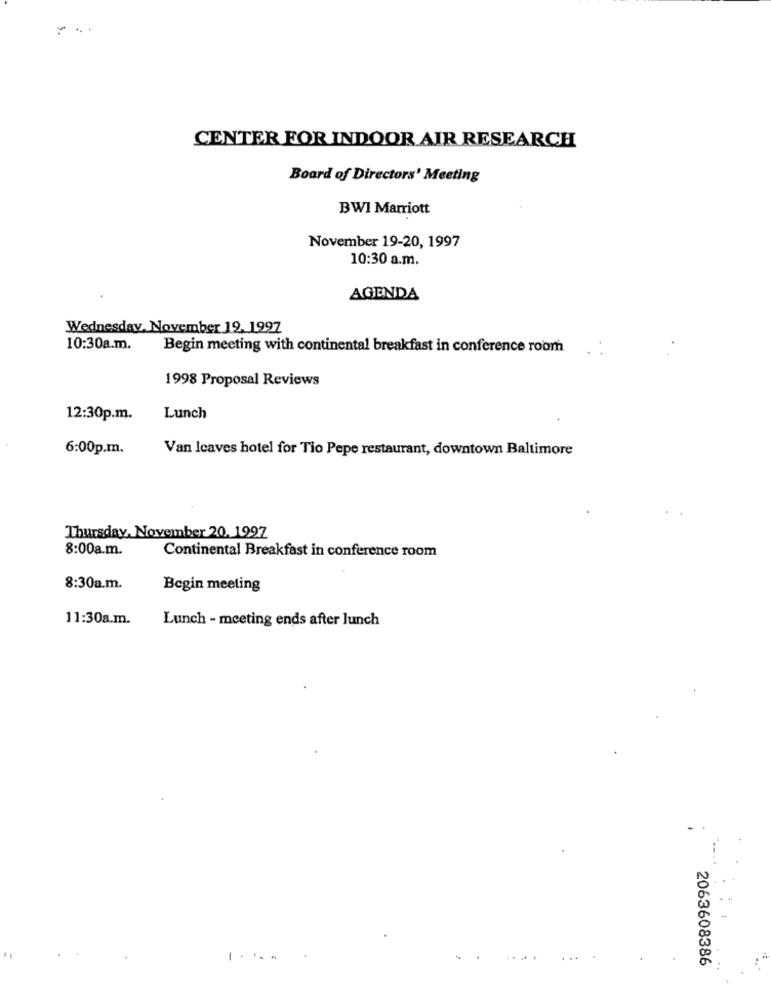
CENTER FOR INDOOR AIR RESEARCH
Board of Directors' Meeting
BWI Marriott
November 19-20, 1997
10:30 a.m.
AGENDA
Wednesday, November 19. 1997
10:30a.m.
Begin meeting with continental breakfast in conference room
1998 Proposal Reviews
12:30p.m.
Lunch
6:00p.m.
Van Icaves hotel for Tio Pepe restaurant, downtown Baltimore
Thursday, November 20. 1997
8:00a.m.
Continental Breakfast in conference room
8:30a.m.
Begin meeting
11:30a.m.
Lunch - meeting ends after lunch
2063608386